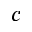
c